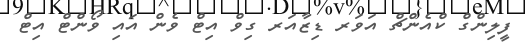
ފީލިންގް ކްއެންޗް އަވަރ ޑިޒާއަރ ގިވް އިޓް ވެން އައި ވޯންޓް އިޓް